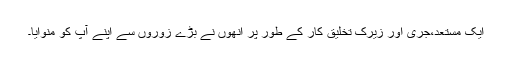
ایک مستعد،جری اور زیرک تخلیق کار کے طور پر انھوں نے بڑے زوروں سے اپنے آپ کو منوایا۔